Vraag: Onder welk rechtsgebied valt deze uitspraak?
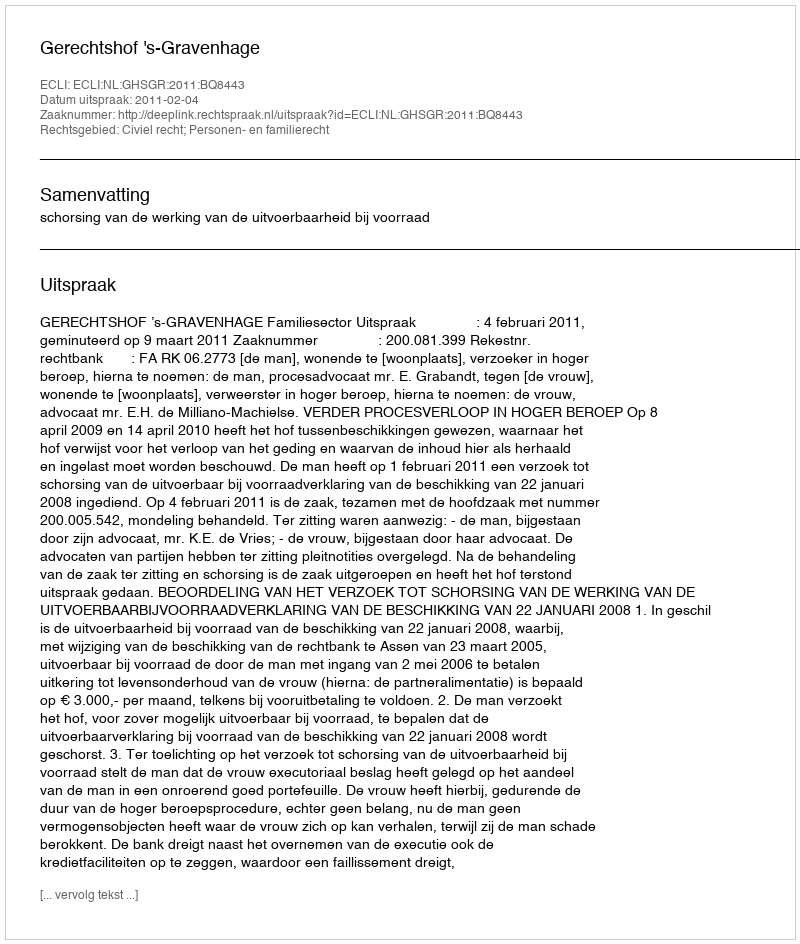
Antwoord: Civiel recht; Personen- en familierecht